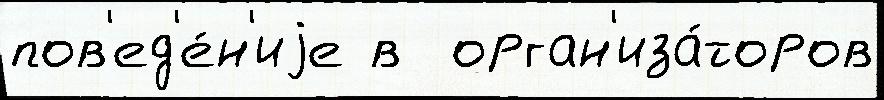
пов'ед'е́н'иjе в  орган'иза́торов